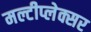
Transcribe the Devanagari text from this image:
मल्टीप्लेक्सर